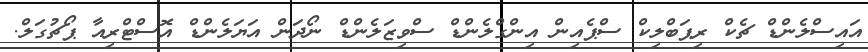
އައިސްލެންޑް ޗެކް ރިޕަބްލިކް ސްޕެއިން އިންގްލެންޑް ސްވިޒަލެންޑް ނޯދަން އަޔަލެންޑް އޮސްޓްރިއާ ޕޯޗުގަލް.